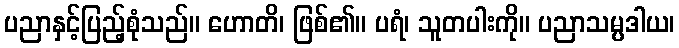
ပညာနှင့်ပြည့်စုံသည်။ ဟောတိ၊ ဖြစ်၏။ ပရံ၊ သူတပါးကို။ ပညာသမ္ပဒါယ၊